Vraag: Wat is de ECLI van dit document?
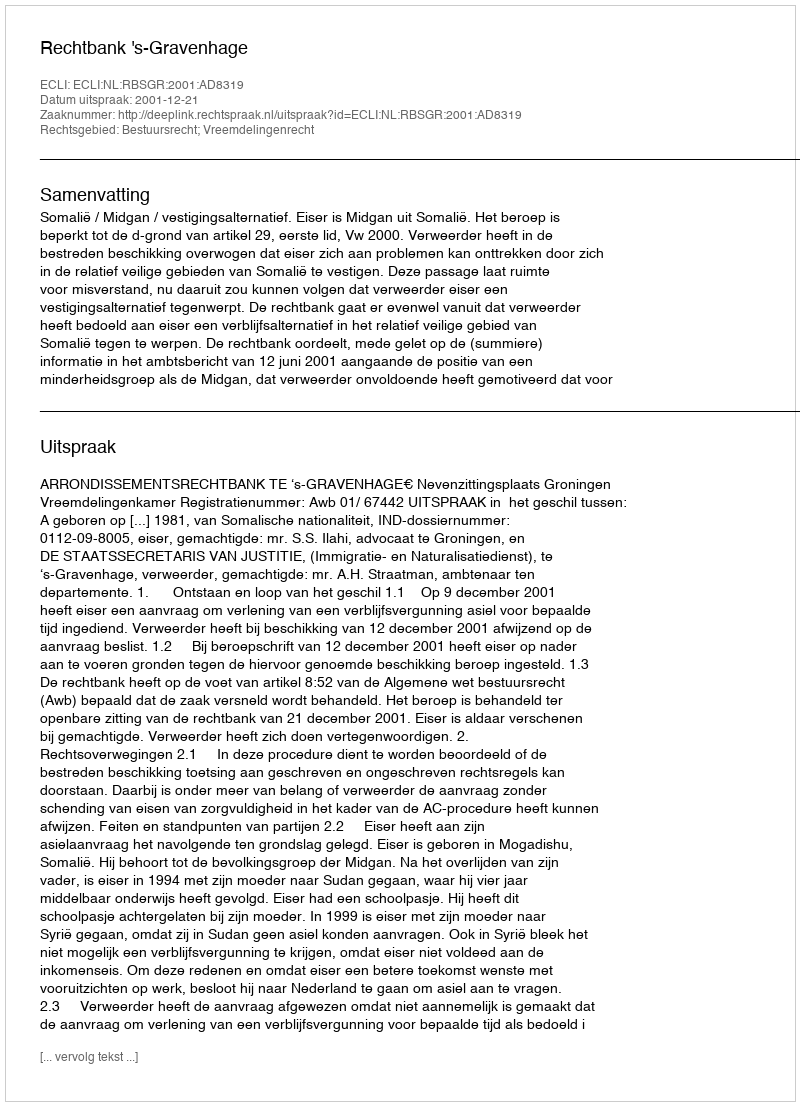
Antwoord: ECLI:NL:RBSGR:2001:AD8319